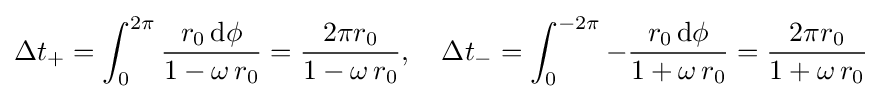
\Delta t_{+}=\int _{0}^{2\pi }{\frac {r_{0}\,\mathrm {d} \phi }{1-\omega \,r_{0}}}={\frac {2\pi r_{0}}{1-\omega \,r_{0}}},\quad \Delta t_{-}=\int _{0}^{-2\pi }-{\frac {r_{0}\,\mathrm {d} \phi }{1+\omega \,r_{0}}}={\frac {2\pi r_{0}}{1+\omega \,r_{0}}}